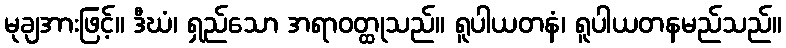
မုချအားဖြင့်။ ဒီဃံ၊ ရှည်သော အရာဝတ္ထုသည်။ ရူပါယတနံ၊ ရူပါယတနမည်သည်။